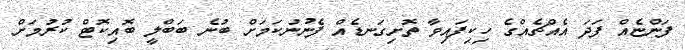
ފަންޏެއް ފަދަ އެއްޗެއްގެ ހިކިފައިވާ ތޮށިގަނޑެއް ފެނުނުކަމަށް ބުނެ ބަބްލީ ބޮއިކޮޓް ކުރުމަށް